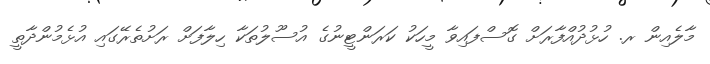
މާލެއިން ރ. ހުޅުދުއްފާރަށް ގޮސްފައިވާ މީހަކު ކަރަންޓީނުގެ އުސޫލުތަކާ ހިލާފަށް ރަށުތެރޭގައި އުޅެމުންދާތީ